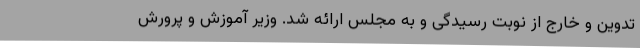
تدوین و خارج از نوبت رسیدگی و به مجلس ارائه شد. وزیر آموزش و پرورش